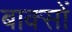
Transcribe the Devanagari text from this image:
बाक्सों